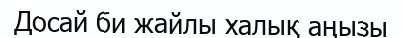
Досай би жайлы халық аңызы